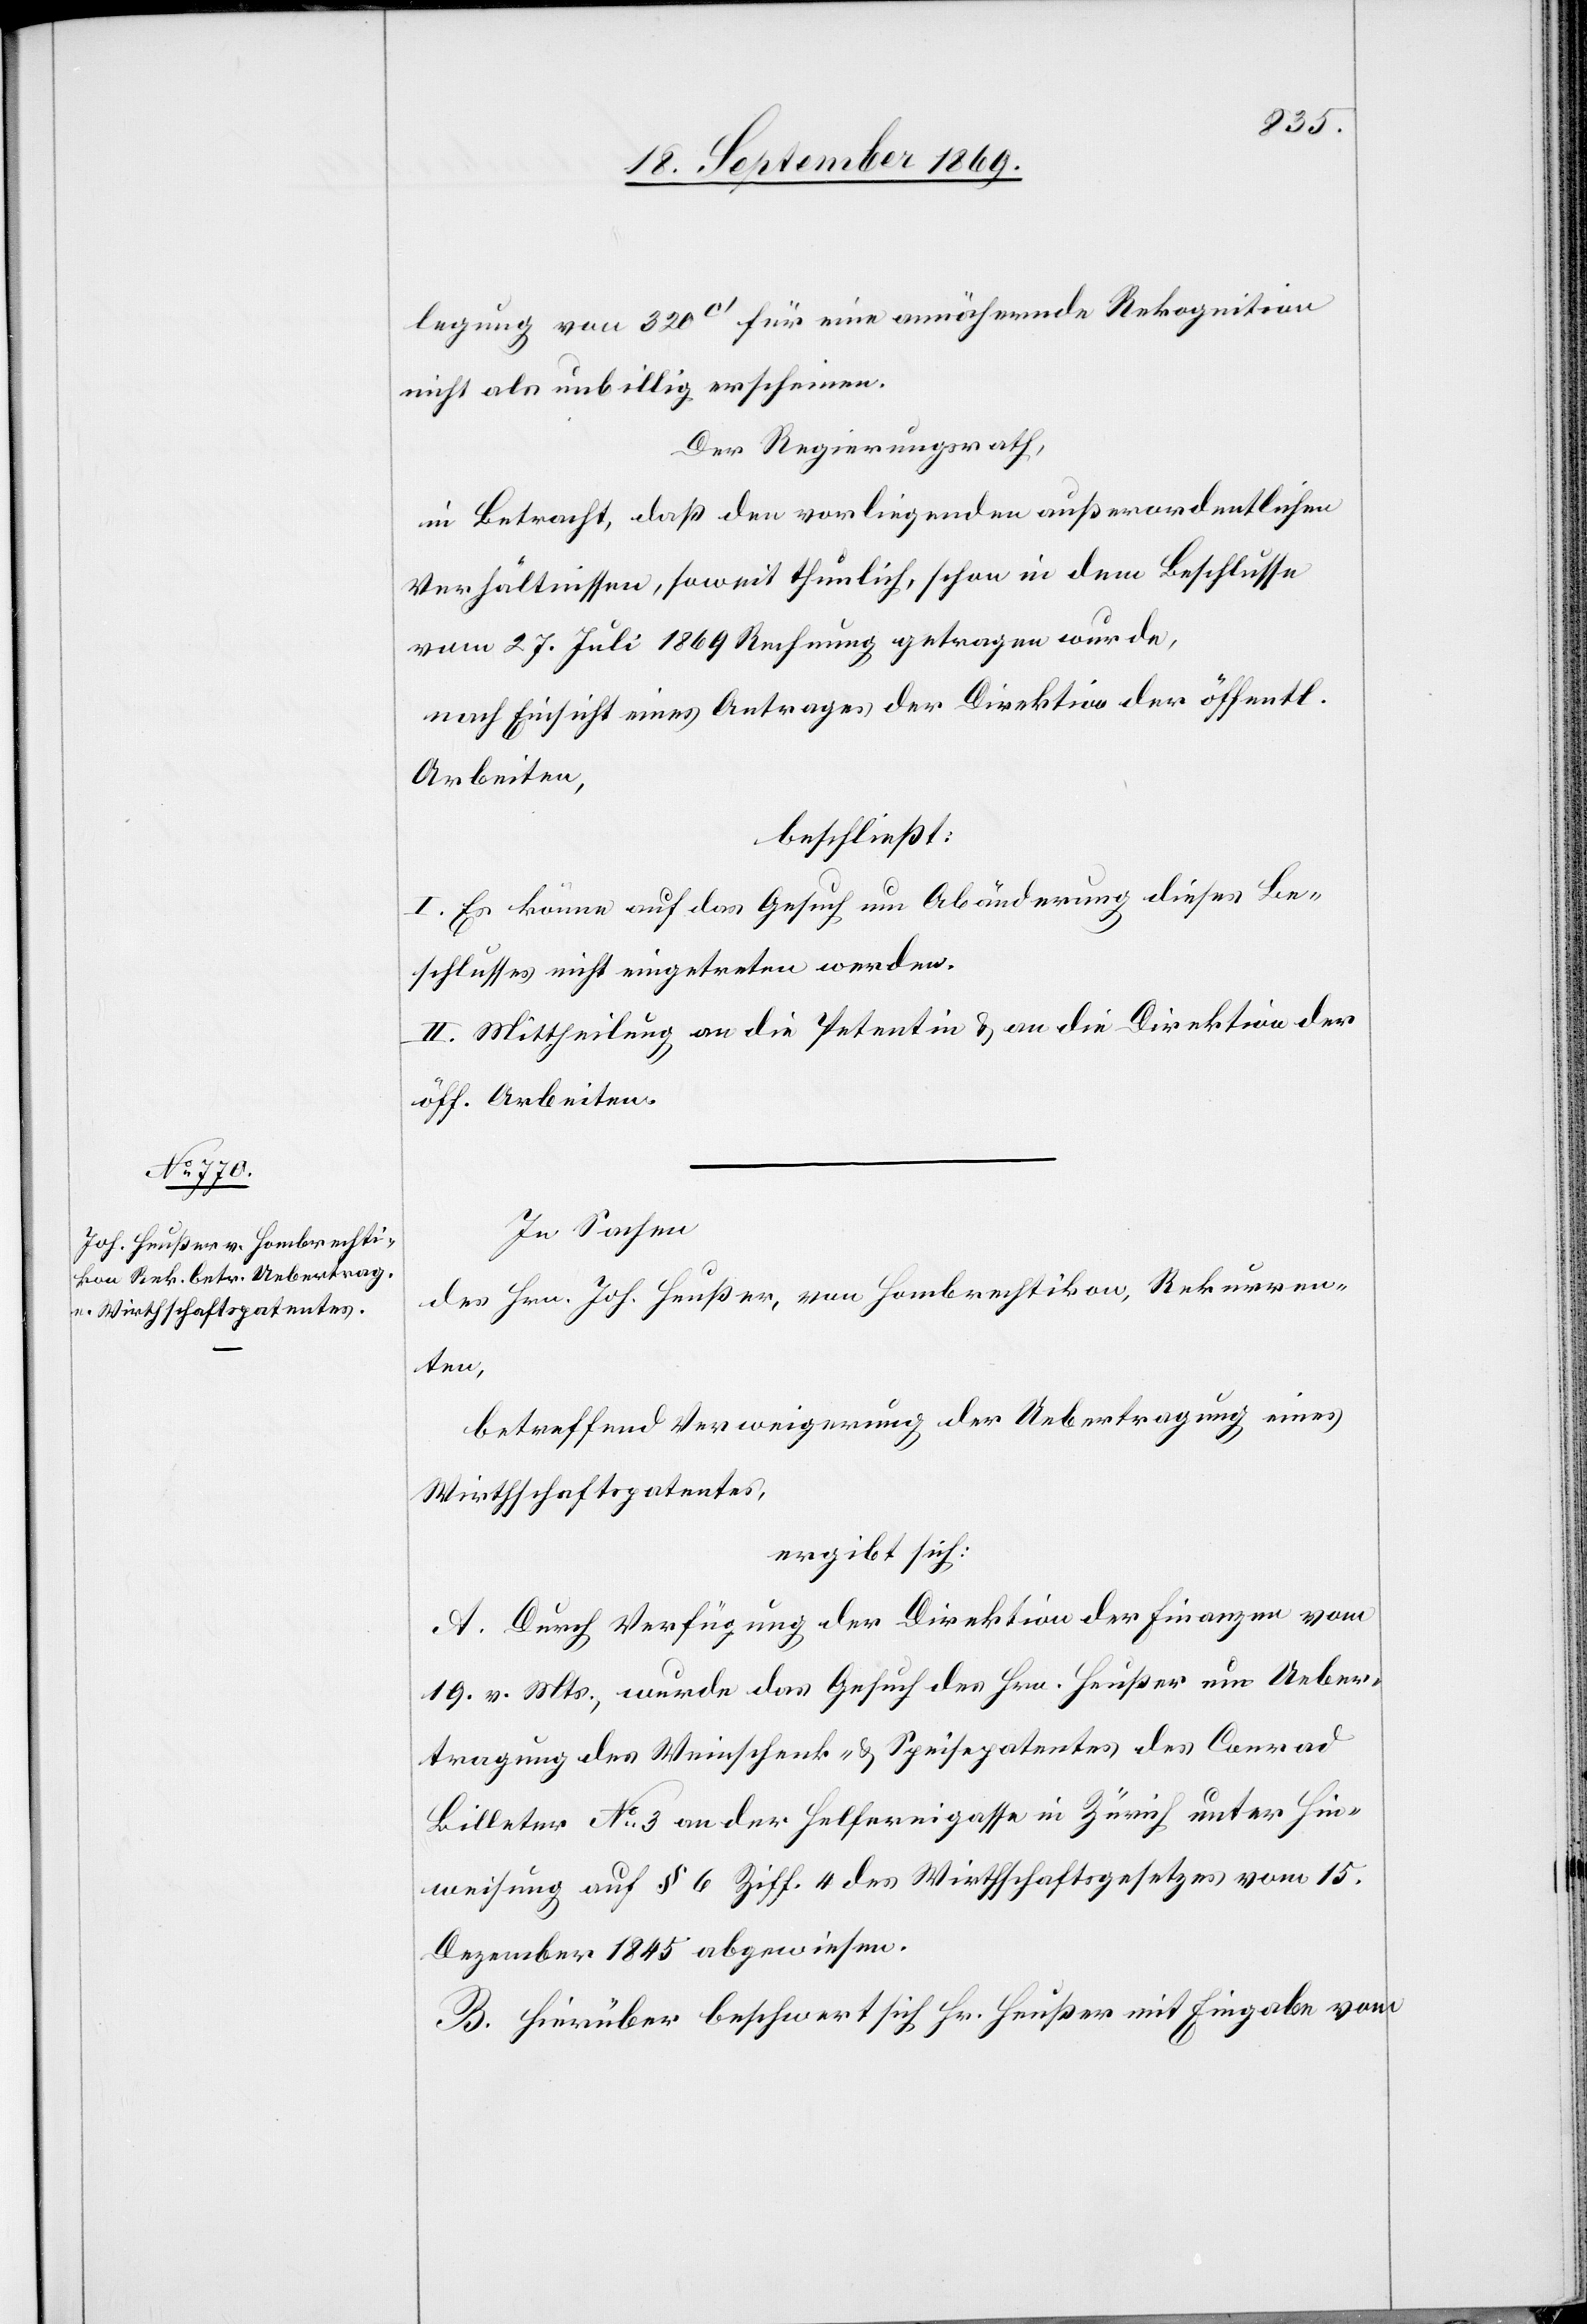
legung von 320c‘ für eine annähernde Rekognition
nicht als unbillig erschienen.
Der Regierungsrath,
in Betracht, daß den vorliegenden außerordentlichen
Verhältnissen, soweit thunlich, schon in dem Beschlusse
vom 27. Juli 1869 Rechnung getragen wurde,
nach Einsicht eines Antrages der Direktion der öff.
Arbeiten,
beschließt:
I. Es könne auf das Gesuch um Abänderung dieses Be¬
schlusses nicht eingetreten werden.
II. Mittheilung an die Petentin & an die Direktion der
öff. Arbeiten.
In Sachen
des Hrn. Joh. Heußer, von Hombrechtikon, Rekurren¬
ten,
betreffend Verweigerung der Uebertragung eines
Wirthschaftspatentes,
ergibt sich:
A. Durch Verfügung der Direktion der Finanzen vom
19. v. Mts., wurde das Gesuch des Hrn. Heußer um Ueber¬
tragung des Weinschenk- & Speisepatentes des Conrad
Billeter No 3 an der Helfereigeasse in Zürich unter Hin¬
weisung auf § 6 Ziff. 4 des Wirthschaftsgesetzes vom 15.
Dezember 1845 abgewiesen.
B. Hierüber beschwert sich Hr. Heußer mit Eingabe vom